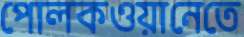
পোলকওয়ানেতে